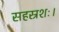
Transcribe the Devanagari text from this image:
सहस्रशः।